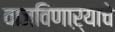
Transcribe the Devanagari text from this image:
वाजविणाऱ्याचे